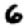
Digit: 6